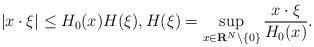
LaTeX: \begin{align*}|x\cdot\xi|\le H_0(x)H(\xi),H(\xi)=\sup_{x\in{\bf R}^N\setminus\{0\}}\frac{x\cdot\xi}{H_0(x)}. \end{align*}